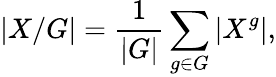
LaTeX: |X/G|={\frac{1}{|G|}}\sum_{g\in G}|X^{g}|,